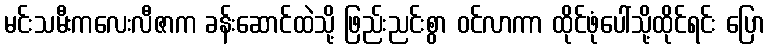
မင်းသမီးကလေးလီဇာက ခန်းဆောင်ထဲသို့ ဖြည်းညင်းစွာ ဝင်လာကာ ထိုင်ဖုံပေါ်သို့ထိုင်ရင်း ပြော